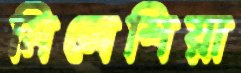
মিলেশিয়া